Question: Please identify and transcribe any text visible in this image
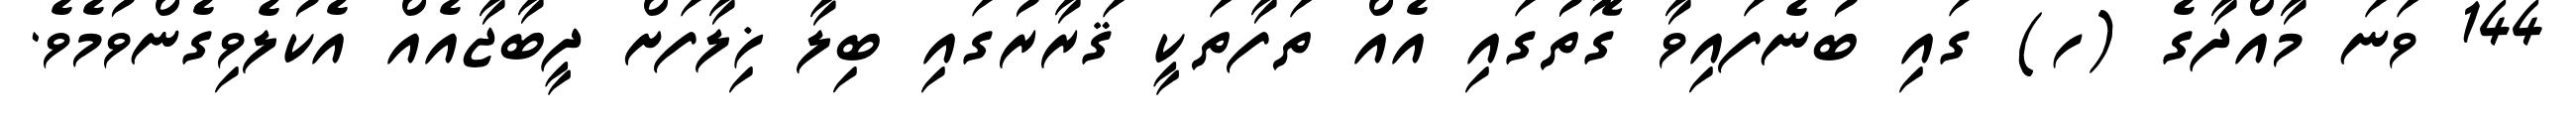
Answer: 144 ވަނަ މާއްދާގެ (ހ) ގައި ބުނެފައިވާ ގޮތުގައި އެއް ތަފާތަކީ ޤަރާރުގައި ބިލާ ޚިލާފަށް ދީބާޖާއެއް އެކުލެވިގެންވުމެވެ.